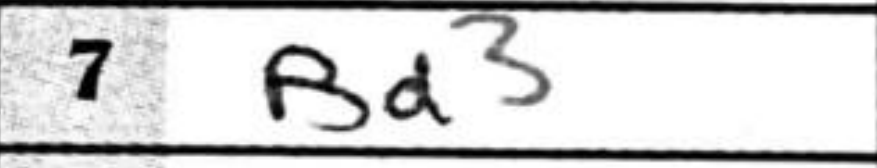
Transcription: Bd3